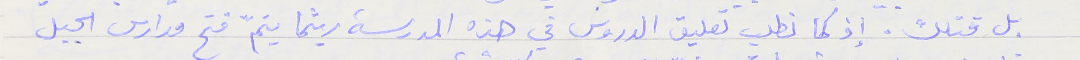
بل قتلك. إذ كما نطلب تعليق الدروس في هذه المدرسة ريثما يتمّ فتح مدارس الجبل